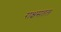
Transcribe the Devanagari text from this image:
राक्षसतल